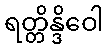
ရတ္တိန္ဒိဝေါ